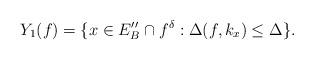
LaTeX: \begin{align*} Y_1(f)=\{x\in E''_B\cap f^\delta:\Delta(f,k_x)\le \Delta\}.\end{align*}